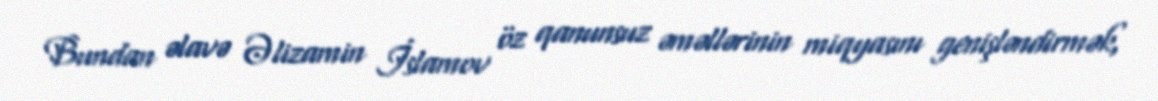
Bundan əlavə Əlizamin İslamov öz qanunsuz əməllərinin miqyasını genişləndirmək,